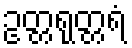
ဥတ္တရုတ္တရံ